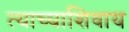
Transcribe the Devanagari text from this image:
त्याच्याशिवाय